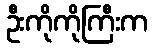
ဦးကိုကိုကြီးက